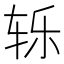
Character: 轹